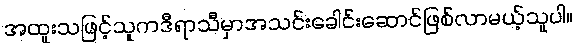
အထူးသဖြင့်သူကဒီရာသီမှာအသင်းခေါင်းဆောင်ဖြစ်လာမယ့်သူပါ။